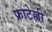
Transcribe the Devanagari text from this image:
फ्राटेल्ली